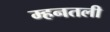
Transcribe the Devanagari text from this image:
म्हनतली